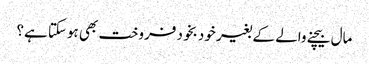
مال بیچنے والے کے بغیر خود بخود فروخت بھی ہوسکتا ہے؟